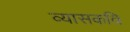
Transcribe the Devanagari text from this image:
व्यासकवि